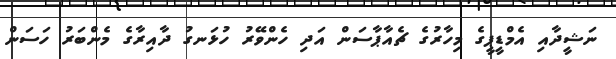
ނަޝީދާއި އެމްޑީޕީގެ މިހާރުގެ ޗެއާޕާސަން އަދި ހެންވޭރު ހުޅަނގު ދާއިރާގެ މެންބަރު ހަސަން